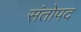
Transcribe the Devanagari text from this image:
संतोपद